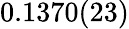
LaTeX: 0.1370(23)